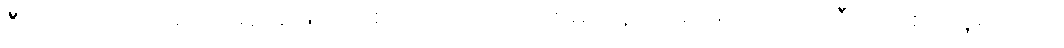
ဦးကောက်ရကတော့ မျဉ်းဖြောင့်တစ်ကြောင်းကို လက်မတုန်ဘဲရေးဖို့ အတော်ကြီး ကြိုးစားယူရသည်။